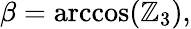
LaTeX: \beta=\operatorname{arccos}(\mathbb{Z}_{3}),